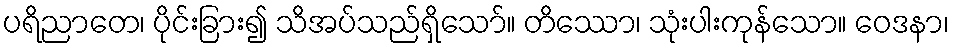
ပရိညာတေ၊ ပိုင်းခြား၍ သိအပ်သည်ရှိသော်။ တိဿော၊ သုံးပါးကုန်သော။ ဝေဒနာ၊